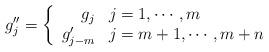
LaTeX: \begin{align*} g''_{j}=\left\{\begin{array}{rl}g _{j} & j=1,\cdots, m \\g'_{j-m} & j=m + 1,\cdots, m + n \\\end{array} \right.\end{align*}